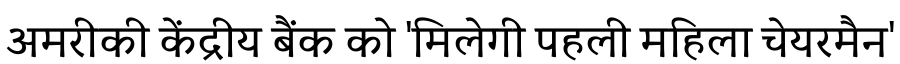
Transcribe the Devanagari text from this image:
अमरीकी केंद्रीय बैंक को 'मिलेगी पहली महिला चेयरमैन'